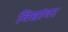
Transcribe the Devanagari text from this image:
विद्यांवर